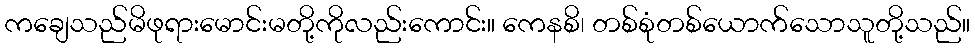
ကချေသည်မိဖုရားမောင်းမတို့ကိုလည်းကောင်း။ ကေနစိ၊ တစ်စုံတစ်ယောက်သောသူတို့သည်။